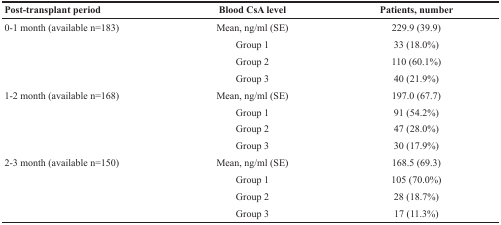
<table><thead><tr><td><b>Post-transplant period</b></td><td><b>Blood CsA level</b></td><td><b>Patients, number</b></td></tr></thead><tbody><tr><td rowspan="4">0-1 month (available n=183)</td><td>Mean, ng/ml (SE)</td><td>229.9 (39.9)</td></tr><tr><td>Group 1</td><td>33 (18.0%)</td></tr><tr><td>Group 2</td><td>110 (60.1%)</td></tr><tr><td>Group 3</td><td>40 (21.9%)</td></tr><tr><td rowspan="4">1-2 month (available n=168)</td><td>Mean, ng/ml (SE)</td><td>197.0 (67.7)</td></tr><tr><td>Group 1</td><td>91 (54.2%)</td></tr><tr><td>Group 2</td><td>47 (28.0%)</td></tr><tr><td>Group 3</td><td>30 (17.9%)</td></tr><tr><td rowspan="4">2-3 month (available n=150)</td><td>Mean, ng/ml (SE)</td><td>168.5 (69.3)</td></tr><tr><td>Group 1</td><td>105 (70.0%)</td></tr><tr><td>Group 2</td><td>28 (18.7%)</td></tr><tr><td>Group 3</td><td>17 (11.3%)</td></tr></tbody></table>